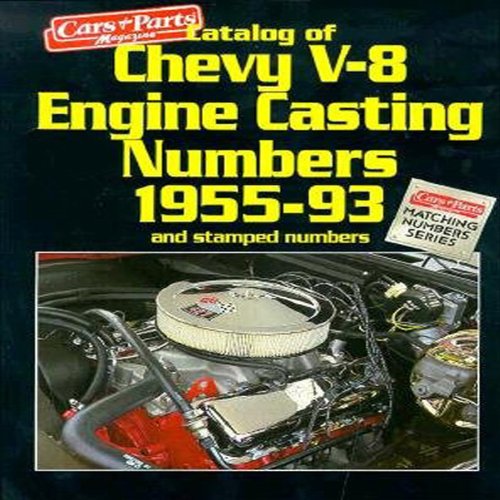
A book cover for Catalog of Chevy V-8 Engine Casting Numbers 1955-1993 (Matching Numbers Series); Cars and Parts Magazine; Engineering & Transportation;